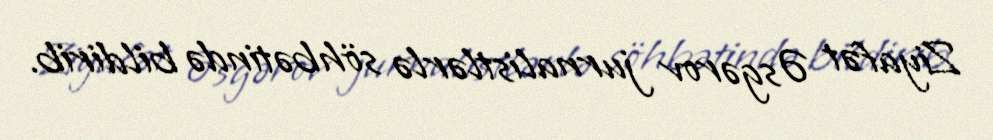
Ziyafət Əsgərov jurnalistlərlə söhbətində bildirib.